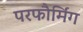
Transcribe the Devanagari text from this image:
परफौर्मिंग